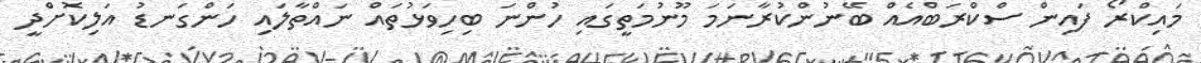
މައިކްރޯ ފައިން ސްކްރަބްއެއް ބޭނުންކުރާނަމަ މޫނުމަތީގައި ހުންނަ ބިހިވަޅުތައް ނައްތާލައި ހަންގަނޑު އަލިކޮށްދީ